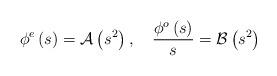
LaTeX: \begin{align*}\phi^{e}\left(s\right)=\mathcal{A}\left(s^{2}\right),\quad\frac{\phi^{o}\left(s\right)}{s}=\mathcal{B}\left(s^{2}\right)\end{align*}